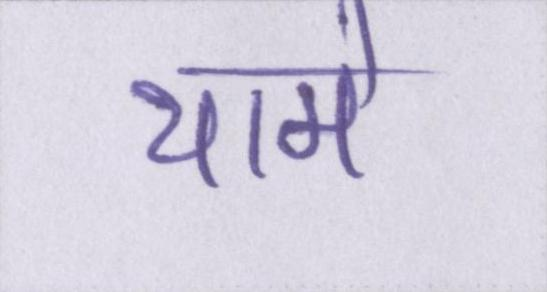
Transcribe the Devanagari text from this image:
थामे